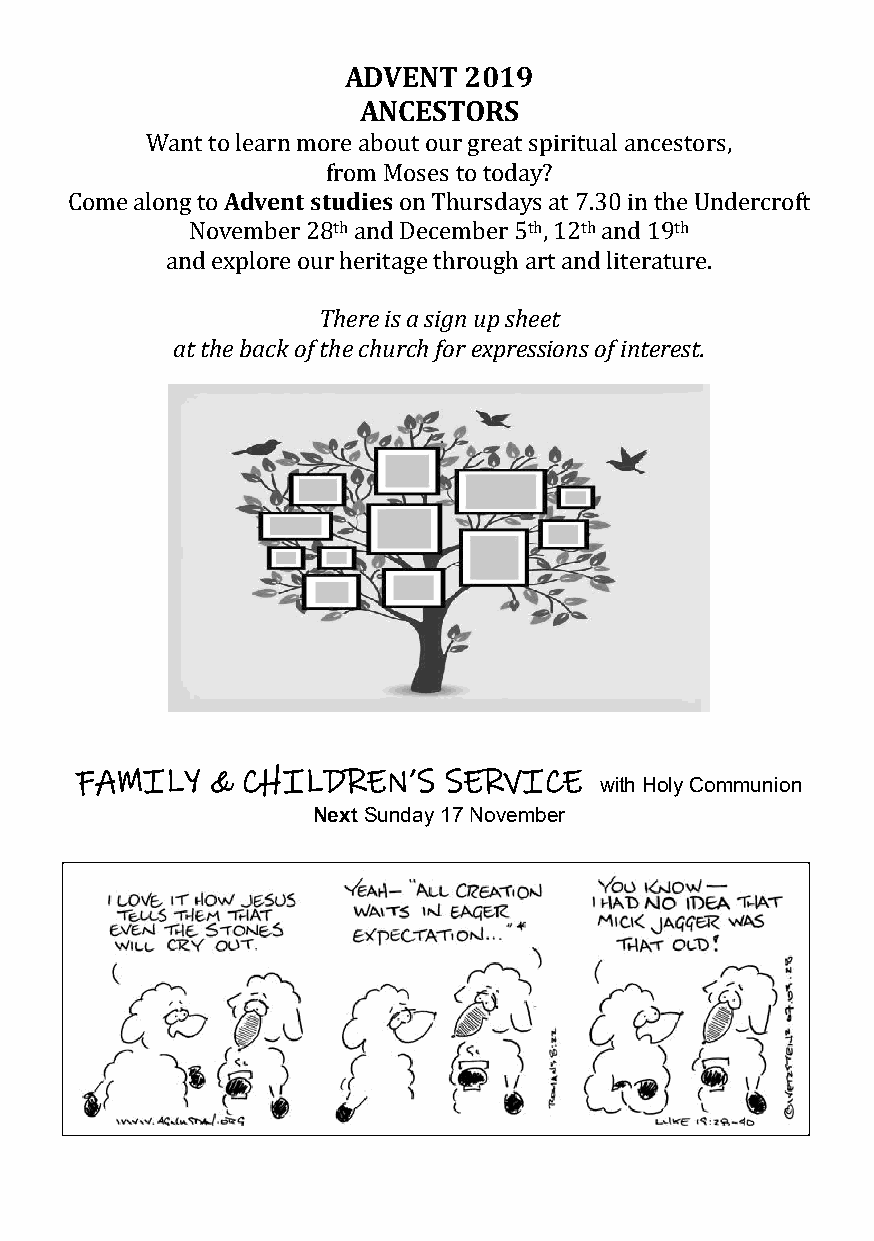
ADVENT  2019
 ANCESTORS
 Want to learn more about our great spiritual ancestors,
 from Moses to today?
 Come along to Advent studies on Thursdays at 7.30 in the Undercroft
 November 28th and December 5th, 12th and 19th
 and explore our heritage through art and literature.
 There is a sign up sheet
 at the back of the church for expressions of interest.
 FAMILY   & CHILDREN’S   SERVICE
 with Holy Communion
 Next Sunday 17 November